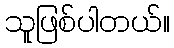
သူဖြစ်ပါတယ်။